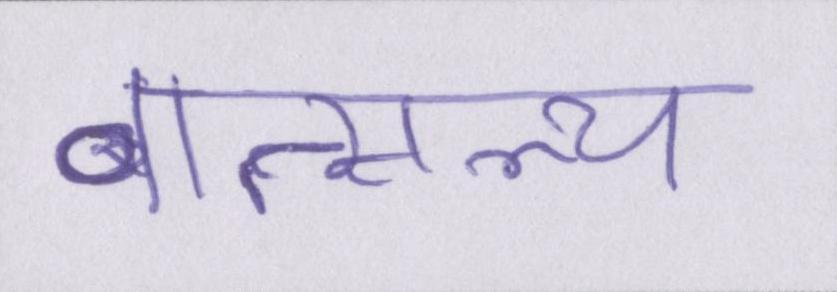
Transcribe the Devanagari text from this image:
वात्सल्य